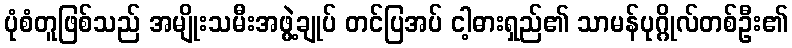
ပုံစံတူဖြစ်သည် အမျိုးသမီးအဖွဲ့ချုပ် တင်ပြအပ် ငါ့ဓားရှည်၏ သာမန်ပုဂ္ဂိုလ်တစ်ဦး၏